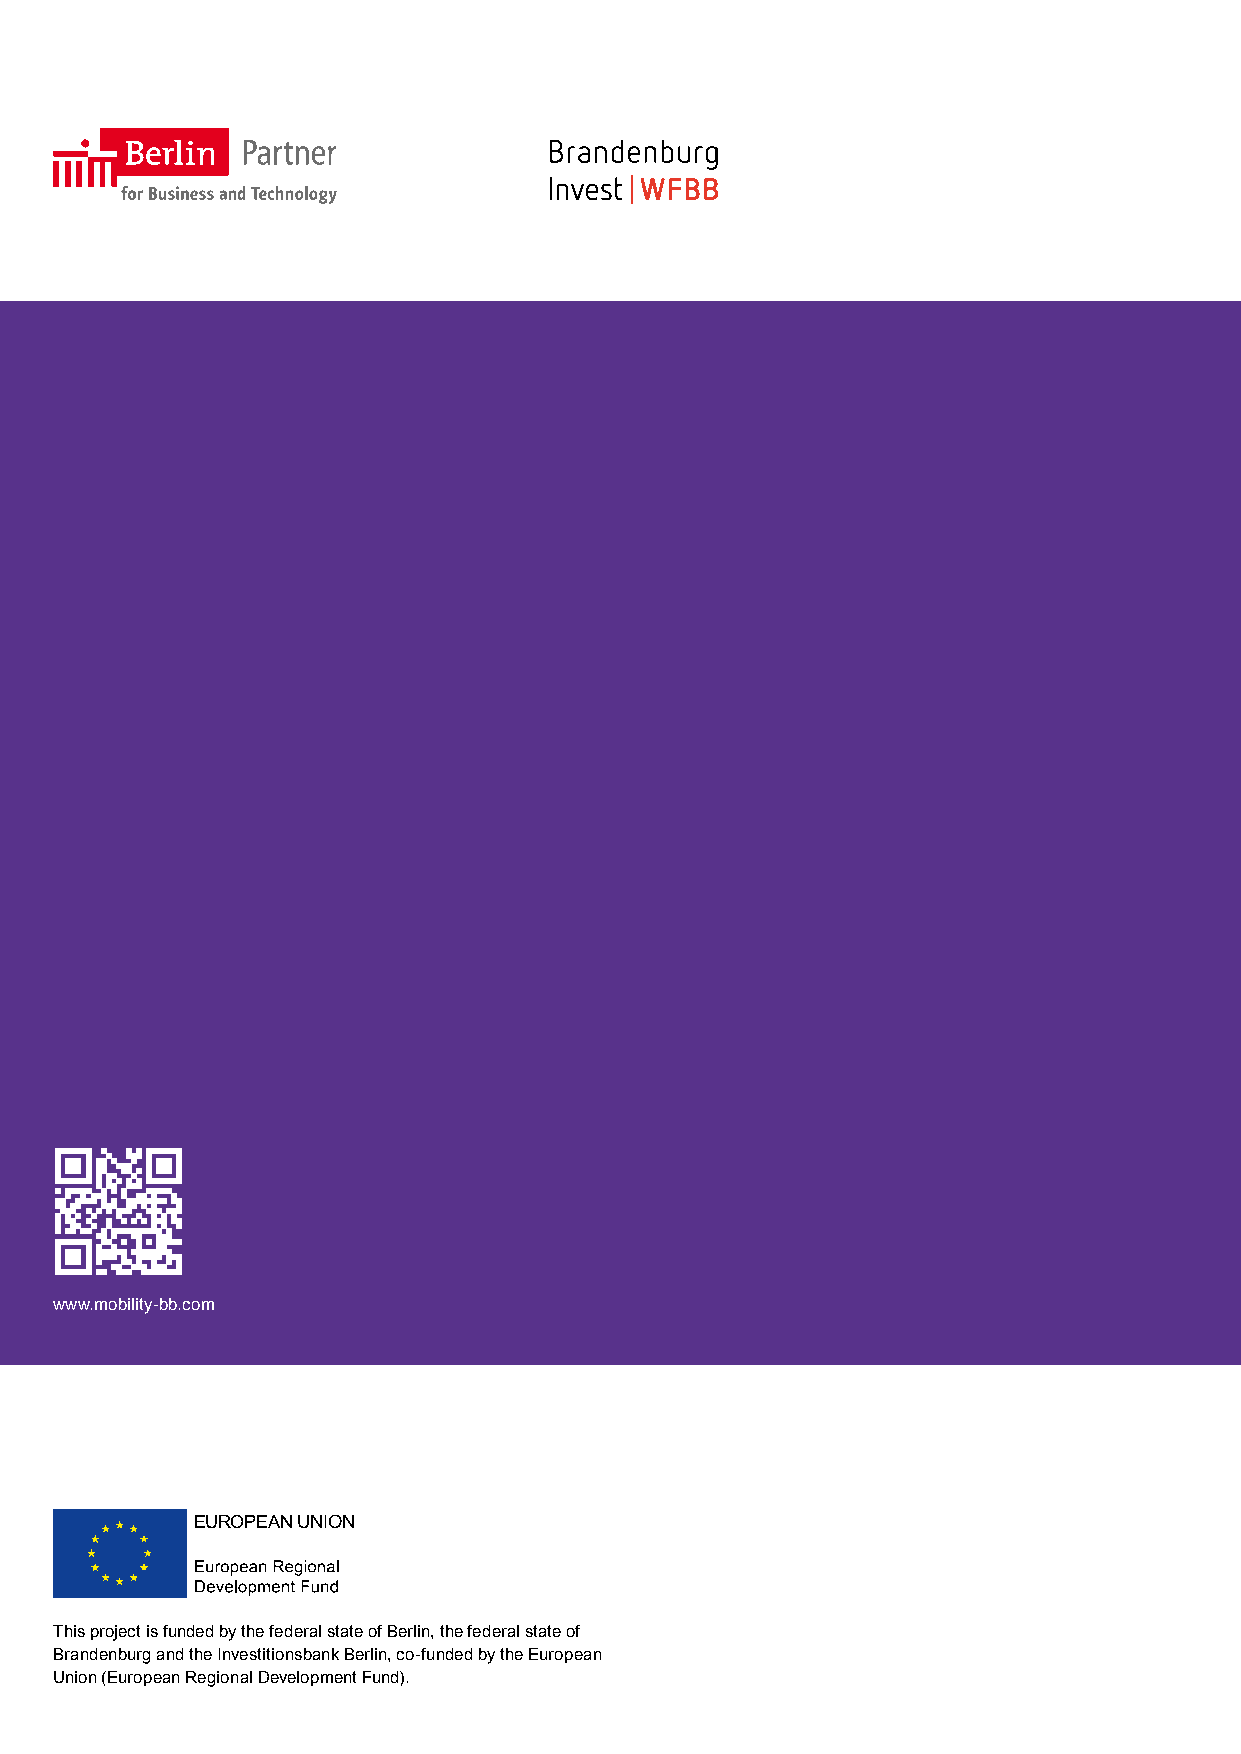
Cluster    Report
 Transport,     Mobility   and   Logistics
 in the Capital Region Berlin-Brandenburg
 www.mobility-bb.com
 EUROPEAN UNION
 This project is funded by the federal state of Berlin, the federal state of
 Brandenburg and the Investitionsbank Berlin, co-funded by the European
 Union (European Regional Development Fund).